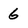
Character: 6